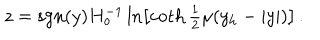
z = \mathrm { s g n } ( y ) H _ { o } ^ { - 1 } \ln \left[ \coth { \textstyle { \frac { 1 } { 2 } } } \mu ( y _ { \mathrm { h } } - | y | ) \right] \, .